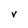
Character: V